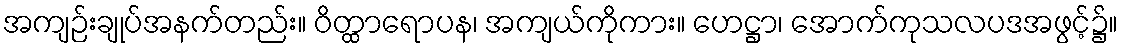
အကျဉ်းချုပ်အနက်တည်း။ ဝိတ္ထာရောပန၊ အကျယ်ကိုကား။ ဟေဋ္ဌာ၊ အောက်ကုသလပဒအဖွင့်၌။